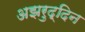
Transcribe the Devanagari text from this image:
अझरुद्दिन